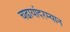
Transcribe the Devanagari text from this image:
चढायांदरम्यान